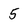
Character: 5